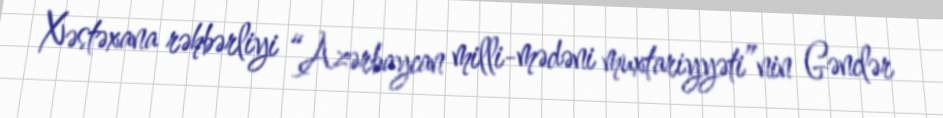
Xəstəxana rəhbərliyi “Azərbaycan milli-mədəni muxtariyyəti”nin Gənclər